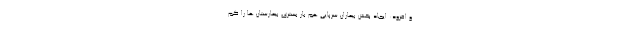
و افزود: ایجاد بخش بیماران سرپایی هم بار بستری بیمارستان ها را کم